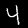
Label: 4